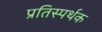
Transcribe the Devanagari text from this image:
प्रतिस्पर्थक